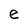
Character: e